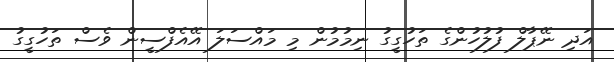
އަދި ނޭޕާލް ފުލުހުންގެ ތަހުގީގު ނިމުމުން މި މައްސަލަ އޭއެފްސީން ވެސް ތަހުގީގު